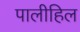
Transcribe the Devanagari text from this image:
पालीहिल